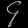
Digit: ၄